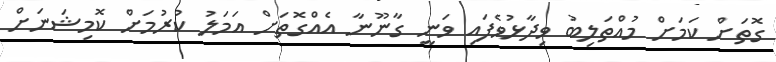
ގޮތަށް ކަމަށް މުއްތަލިބު ވިދާޅުވެފައި ވަނީ ގާނޫނާ އެއްގޮތަށް އަމަލު ކުރުމަށް ކޮމިޝަނަށް